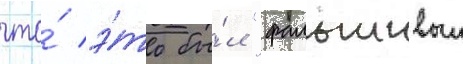
что́ э́то бы́л "фальшивыи